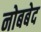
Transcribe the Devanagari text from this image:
नोबबेद